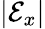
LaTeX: \lvert\mathcal{E}_{x}\rvert